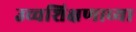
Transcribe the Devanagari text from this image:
उच्चशिक्षणाच्या